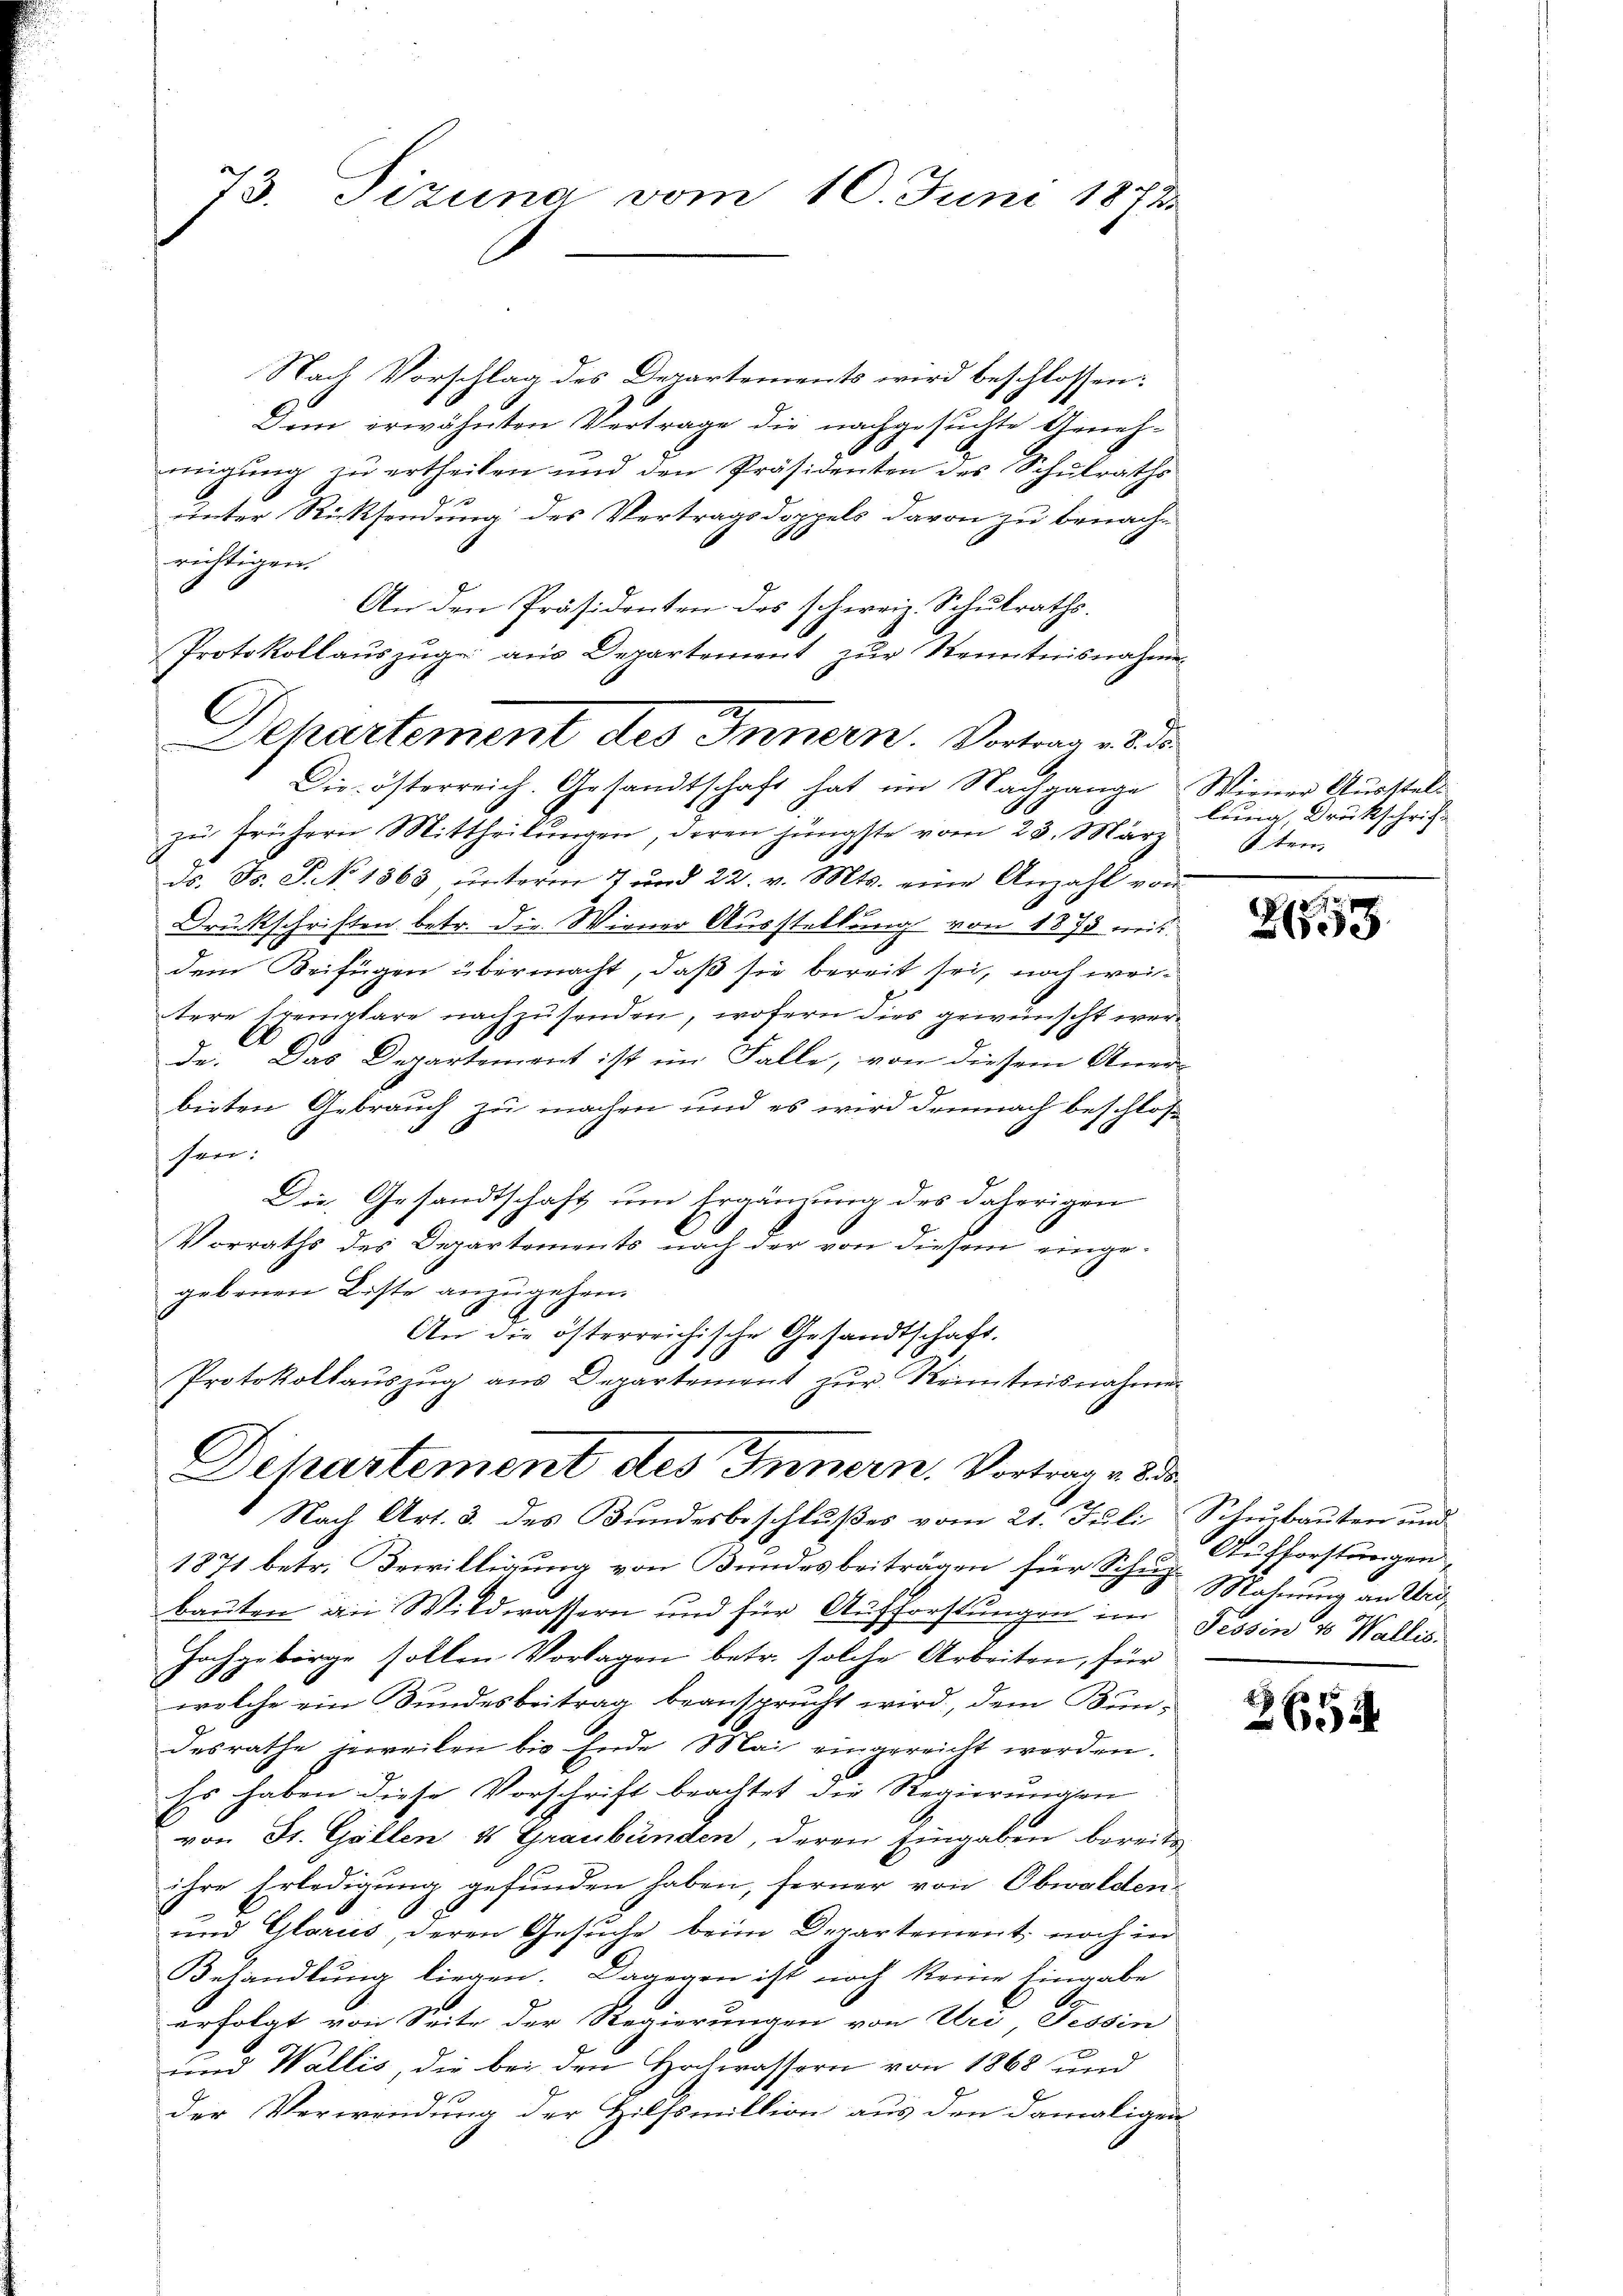
73. Pizuna vom 10. Juni 1872

Nach Vorschlag des Departements wird beschlossen:
Dem erwähnten Vertrage die nachgesuchte Genehmigung zu ertheilen und den Präsidenten des Schulraths
unter Rücksendung des Vertragsdoppels davon zu benachrichtigen.
An den Präsidenten des schweiz. Schulraths¬
Protokollauszug aus Departement zur Kenntnisnahmen
Die österreich. Gesandtschaft hat im Nachgange Wiener Ausstelzŭ frühern Mittheilŭngen, deren jüngste vom 23. März
ds. Fs. S. No. 1863, ŭnterm 7 und 22. v. Mts. eine Anzahl von
Druckschriften betr. die Wiener Ausstellung von 1873 mitdem Beifügen übermacht, daß sie bereit sei, noch weitere Exemplare nachzusenden, wofern dies gewünscht werde. Das Departement ist im Falle, von diesem Aner-
J
beiten Gebrauch zu machen und es wird demnach beschlos
sen:
Die Gesandtschaft um Ergänzung des daherigen
Vorraths des Departements nach der von diesem eingegebenen Liste anzugehen.
An die österreichische Gesandtschaft.
Protokollauszug aus Departement zur Kenntnisnahmen
Departement des Innern, Vortrage de
.
Nach Art. 3. des Bundesbeschlußes vom 21. Juli Schurbauten und
1871 betr. Bewilligung von Bundesbeiträgen für Siche Mehrung an Vrebauten an Wildwassern und für Aufforstungen im Tessin & Wallis.
Hochgeborge sollen Vorlagen betr. solche Arbeiten, für
welche ein Bundesbeitrag beansprucht wird, dem Bundesrathe jeweilen bis Ende Mai eingereicht werden.
Es haben diese Vorschrift beachtet die Regierungen
von St. Gallen 4 Graubünden, deren Eingaben bereits
ihre Erledigung gefunden haben, ferner von Obwalden-
e
und Glarus, deren Gesuche beim Departement noch in
Behandlung liegen. Dagegen ist noch keine Eingabe
erfolgt von Seite der Regierungen von Uri Tessin
und Wallis, die bei den Hochwassern von 1868 und
der Verwendung der Hilfsmittion aus den damaligen-

Dehartement des Innern. Vortrag an

lung, Druckschrift
1ten

21859

Aufforstungen

2